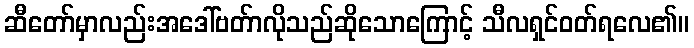
ဆီတော်မှာလည်းအဒေါ်ဗတ်ာလိုသည်ဆိုသောကြောင့် သီလရှင်ဝတ်ရလေ၏။